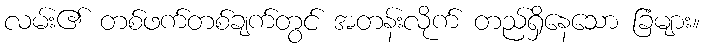
လမ်း၏ တစ်ဖက်တစ်ချက်တွင် အတန်းလိုက် တည်ရှိနေသော ခြံများ။